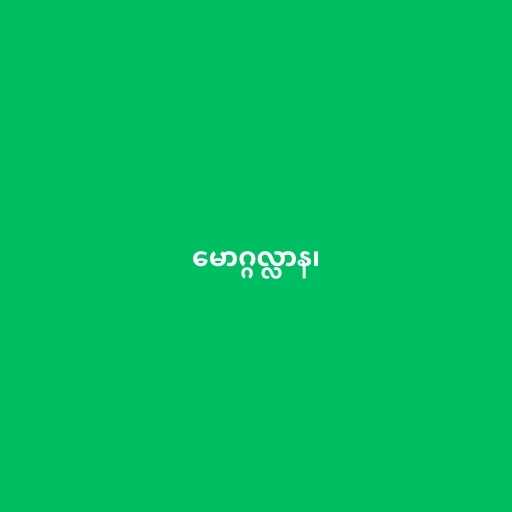
မောဂ္ဂလ္လာန၊